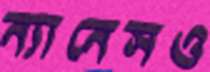
ন্যানেসও